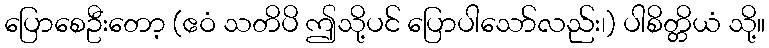
ပြောစေဦးတော့ (ဧဝံ သတိပိ ဤသို့ပင် ပြောပါသော်လည်း၊) ပါစိတ္တိယံ သို့။